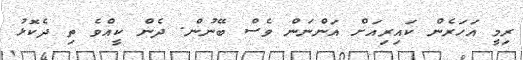
ރިމީ އަހަރެން ކައިރިއަށް އަންނަން ވެސް ބޭނުން. ދެން ކީއްވެ ތި ދެކޮޅު